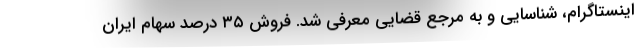
اینستاگرام، شناسایی و به مرجع قضایی معرفی شد. فروش ۳۵ درصد سهام ایران